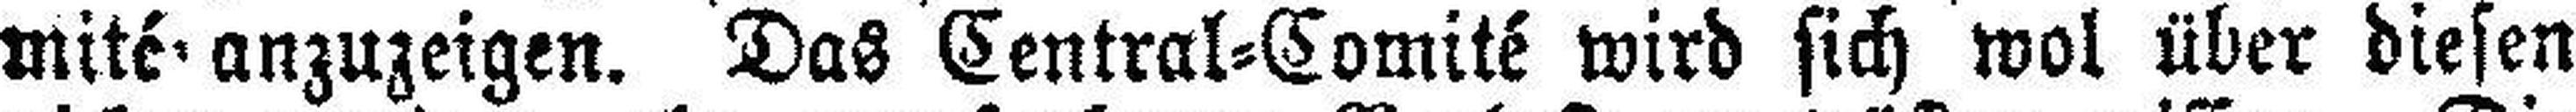
mité anzuzeigen. Das Central=Comité wird sich wol über diesen